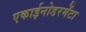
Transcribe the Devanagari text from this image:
एकाईनोडरमेंटा